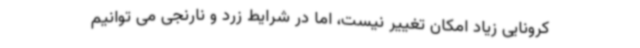
کرونایی زیاد امکان تغییر نیست، اما در شرایط زرد و نارنجی می توانیم